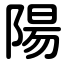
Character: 陽